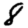
Digit: 8